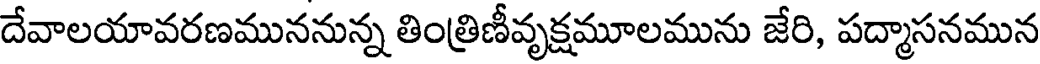
దేవాలయావరణముననున్న తింత్రిణీవృక్షమూలమును జేరి, పద్మాసనమున